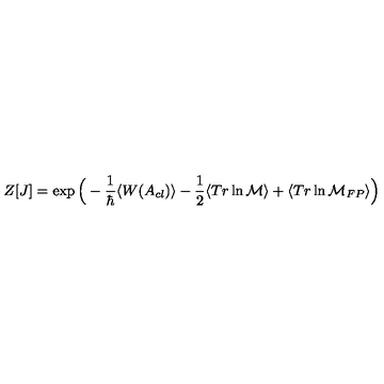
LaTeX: Z [ J ] = \exp \Big ( - \frac { 1 } { \hbar } \langle W ( A _ { c l } ) \rangle - \frac { 1 } { 2 } \langle T r \ln { \cal M } \rangle + \langle T r \ln { \cal M } _ { F P } \rangle \Big )